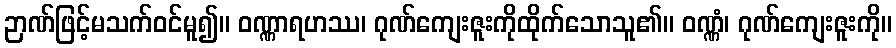
ဉာဏ်ဖြင့်မသက်ဝင်မူ၍။ ဝဏ္ဏာရဟဿ၊ ဂုဏ်ကျေးဇူးကိုထိုက်သောသူ၏။ ဝဏ္ဏံ၊ ဂုဏ်ကျေးဇူးကို။